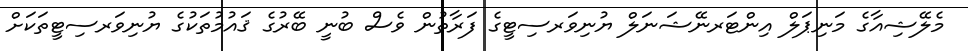
މެލޭޝިއާގެ މަނިޕަލް އިންޓަރނޭޝަނަލް ޔުނިވަރސިޓީގެ ފަރާތުން ވެސް ބުނީ ބޭރުގެ ޤައުމުތަކުގެ ޔުނިވަރސިޓީތަކަށް